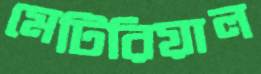
মেটিরিয়াল